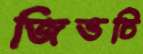
জিভটি